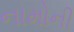
નામોની